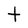
Character: t